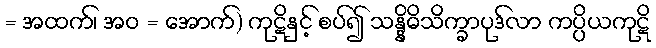
= အထက်၊ အဝ = အောက်) ကုဋိနှင့် စပ်၍ သန္နိဓိသိက္ခာပုဒ်လာ ကပ္ပိယကုဋိ